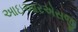
આઇઆરએસજી